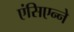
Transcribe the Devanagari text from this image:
एंसिएन्ने